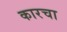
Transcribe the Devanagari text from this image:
कारचा